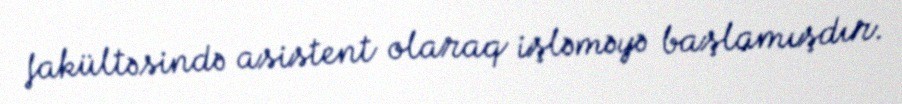
fakültəsində asistent olaraq işləməyə başlamışdır.